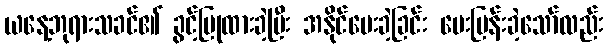
ယနေ့ဘုရားသခင်၏ ခွင့်ပြုထားခဲ့ပြီး အနိုင်ပေးခဲ့ခြင်း မေးမြန်းခဲ့သော်လည်း